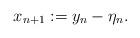
LaTeX: \begin{align*}x_{n+1}:=y_n-\eta_n.\end{align*}